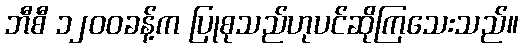
ဘီစီ ၁၂၀၀ခန့်က ပြုစုသည်ဟုပင်ဆိုကြသေးသည်။